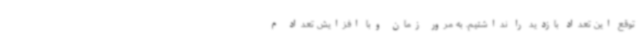
توقع این تعداد بازدید را نداشتیم. به مرور زمان وبا افزایش تعداد م